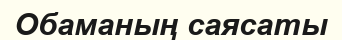
Обаманың саясаты